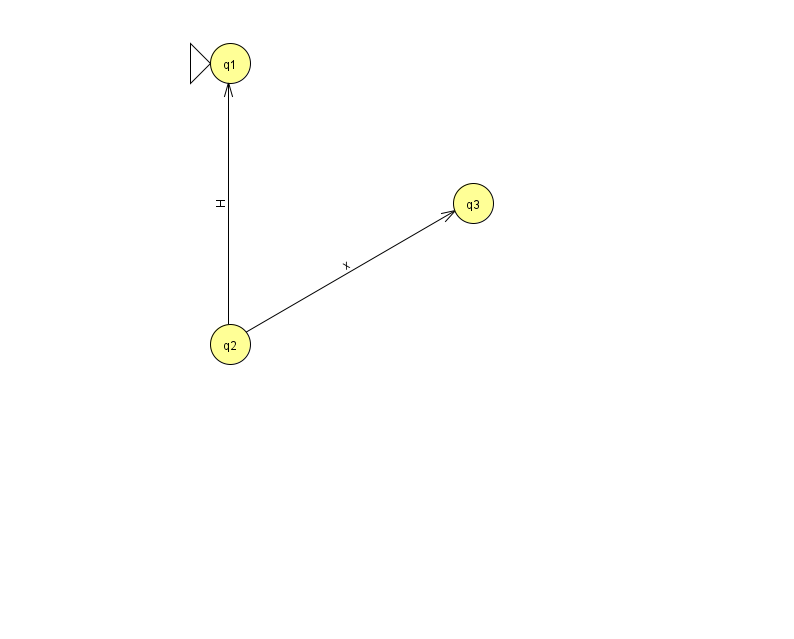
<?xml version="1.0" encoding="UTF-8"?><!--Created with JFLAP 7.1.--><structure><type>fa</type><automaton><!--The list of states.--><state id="1" name="q1"><x>230.0</x><y>50.0</y><initial/></state><state id="2" name="q2"><x>230.0</x><y>331.0</y></state><state id="3" name="q3"><x>473.0</x><y>190.0</y></state><!--The list of transitions.--><transition><from>2</from><to>1</to><read>H</read></transition><transition><from>2</from><to>3</to><read>x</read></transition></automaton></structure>